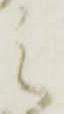
之